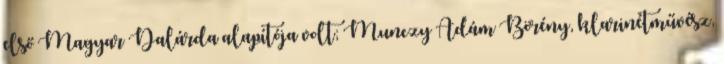
első Magyar Dalárda alapítója volt; Munczy Ádám Börény, klarinétművész,